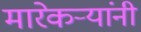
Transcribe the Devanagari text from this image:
मारेकऱ्यांनी